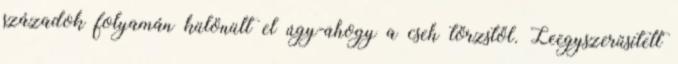
századok folyamán különült el úgy-ahogy a cseh törzstől. Leegyszerűsített